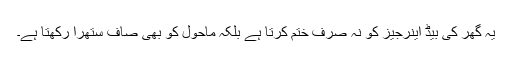
یہ گھر کی بیڈ اینرجیز کو نہ صرف ختم کرتا ہے بلکہ ماحول کو بھی صاف ستھرا رکھتا ہے۔